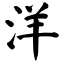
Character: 洋